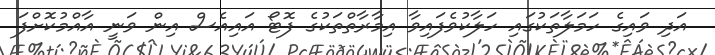
އަދި ވައިގެ ހަަމަލާތަކުގައި ހަލާކުވެފައިވާ އިމާރާތްތަކުގެ ފޮޓޯ އައިއެސް އިން ވަނީ އާއްމުކޮށްފަ